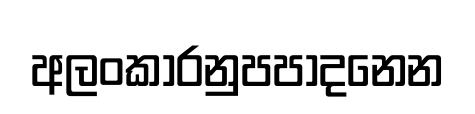
අලංකාරනුපපාදනෙන